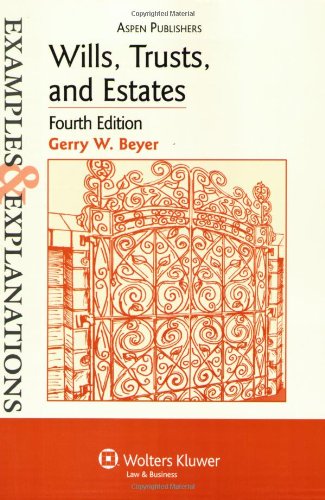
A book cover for Wills, Trusts, and Estates Examples & Explanations; Gerry W. Beyer; Law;